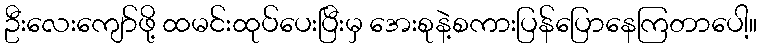
ဦးလေးကျော်ဖို့ ထမင်းထုပ်ပေးပြီးမှ အေးစုနဲ့စကားပြန်ပြောနေကြတာပေါ့။